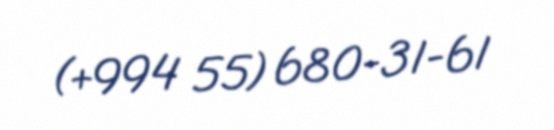
(+994 55) 680-31-61